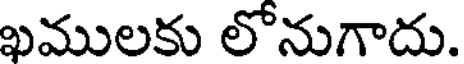
ఖములకు లోనుగాదు.